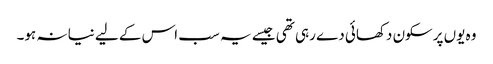
وہ یوں پرسکون دکھائی دے رہی تھی جیسے یہ سب اس کے لیے نیا نہ ہو۔